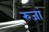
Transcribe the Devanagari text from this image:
रुजां